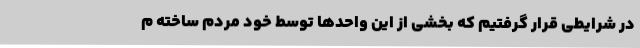
در شرایطی قرار گرفتیم که بخشی از این واحدها توسط خود مردم ساخته م